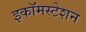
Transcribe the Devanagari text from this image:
इकॉमस्टेशन